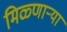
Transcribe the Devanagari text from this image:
मिळ्णाऱ्या